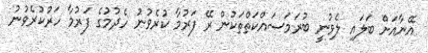
އޭނާއަށް ބަލައި ލެވުނީ ބުރަމަސައްކަތްތަކުން ރޭ ފަރުމާ ކުރެވުނު ހެދުމުގެ ފަރުމާ ހަރުކުރެވުނު